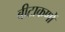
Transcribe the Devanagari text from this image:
बीटाकणों